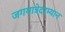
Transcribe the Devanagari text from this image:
जगयात्रेदरम्यान